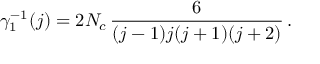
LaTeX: \, \gamma _ { 1 } ^ { - 1 } ( j ) = 2 N _ { c } \, \frac 6 { ( j - 1 ) j ( j + 1 ) ( j + 2 ) } \, .